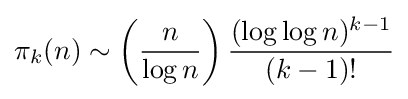
\pi _{k}(n)\sim \left({\frac {n}{\log n}}\right){\frac {(\log \log n)^{k-1}}{(k-1)!}}